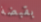
بقبضة